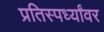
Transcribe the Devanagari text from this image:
प्रतिस्पर्ध्यांवर